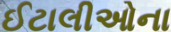
ઈટાલીઓના